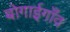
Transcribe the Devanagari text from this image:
बोगाईगाँव